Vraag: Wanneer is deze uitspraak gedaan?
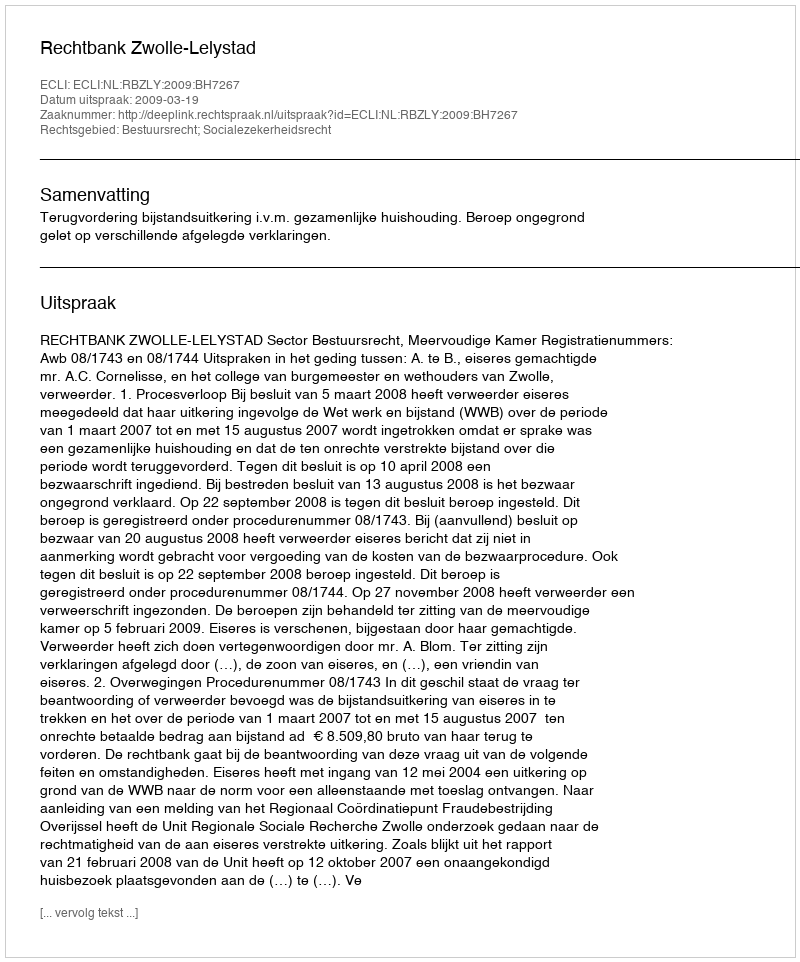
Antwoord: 2009-03-19